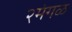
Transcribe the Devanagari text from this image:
२मंगळ